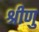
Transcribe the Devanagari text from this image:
श्रीणु